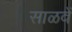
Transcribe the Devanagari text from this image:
साळवें